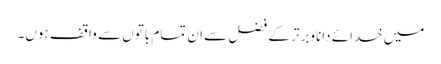
میں خدائے داناوبرتر کے فضل سے ان تمام باتوں سے واقف ہوں۔